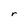
Character: r